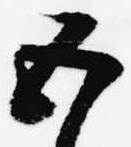
五